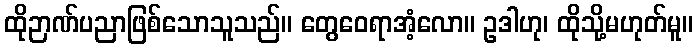
ထိုဉာဏ်ပညာဖြစ်သောသူသည်။ တွေဝေရာအံ့လော။ ဥဒါဟု၊ ထိုသို့မဟုတ်မူ။